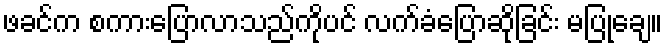
ဖခင်က စကားပြောလာသည်ကိုပင် လက်ခံပြောဆိုခြင်း မပြုချေ။